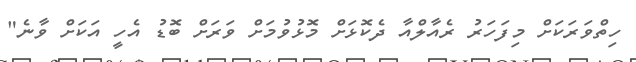
ހިތްވަރަކަށް މިފަހަރު ރެއާލްއާ ދެކޮޅަށް މޮޅުވުމަށް ވަރަށް ބޮޑު އެހީ އަކަށް ވާނެ"